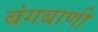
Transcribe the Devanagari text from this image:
बंगबाणी